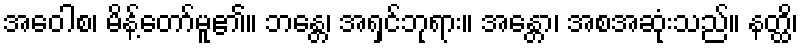
အဝေါစ၊ မိန့်တော်မူ၏။ ဘန္တေ၊ အရှင်ဘုရား။ အန္တော၊ အစအဆုံးသည်။ နတ္ထိ၊